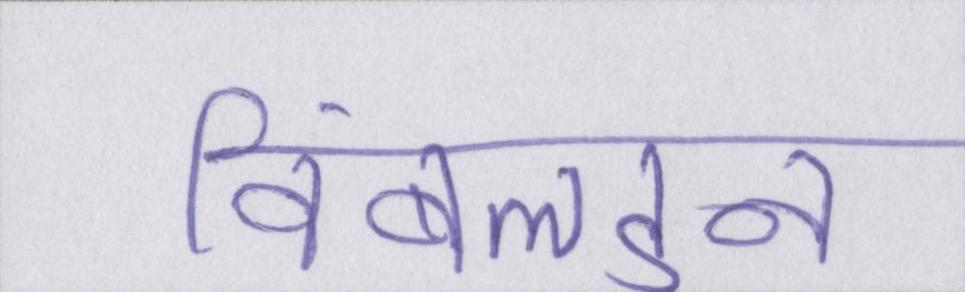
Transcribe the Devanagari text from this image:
विंबलडन